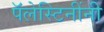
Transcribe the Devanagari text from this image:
पॅलेस्टिनींनी